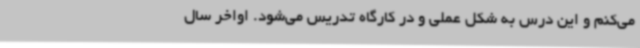
می‌کنم و این درس به شکل عملی و در کارگاه تدریس می‌شود. اواخر سال